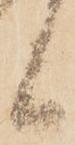
候